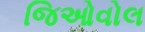
જિઓવોલ